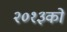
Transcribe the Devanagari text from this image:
२०१३को